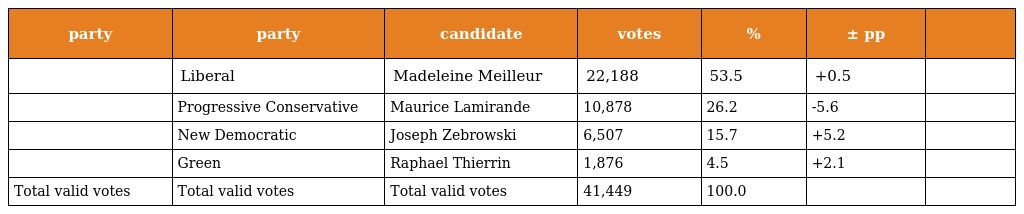
| party | party | candidate | votes | % | ± pp |  |
 | --- | --- | --- | --- | --- | --- | --- |
 |  | Liberal | Madeleine Meilleur | 22,188 | 53.5 | +0.5 |  |
 |  | Progressive Conservative | Maurice Lamirande | 10,878 | 26.2 | -5.6 |  |
 |  | New Democratic | Joseph Zebrowski | 6,507 | 15.7 | +5.2 |  |
 |  | Green | Raphael Thierrin | 1,876 | 4.5 | +2.1 |  |
 | Total valid votes | Total valid votes | Total valid votes | 41,449 | 100.0 |  |  |